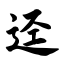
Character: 迳